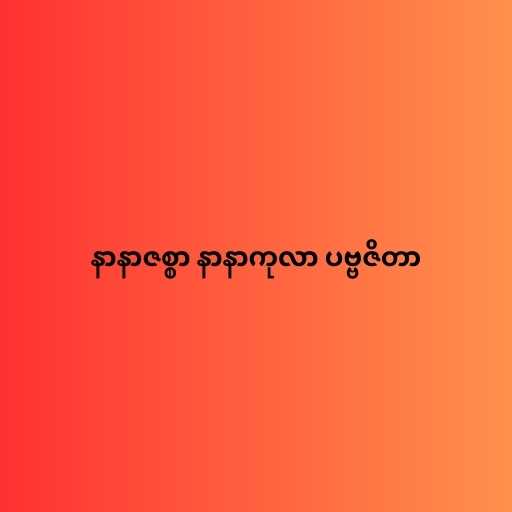
နာနာဇစ္စာ နာနာကုလာ ပဗ္ဗဇိတာ